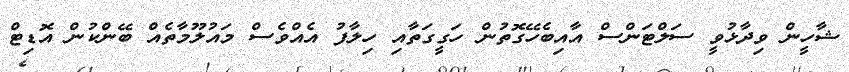
ޝާހީން ވިދާޅުވީ ސަލްޓަންސް އާއިބެހޭގޮތުން ހަގީގަތާއި ހިލާފު އެއްވެސް މައުލޫމާތެއް ބޭންކުން އޮޑިޓް